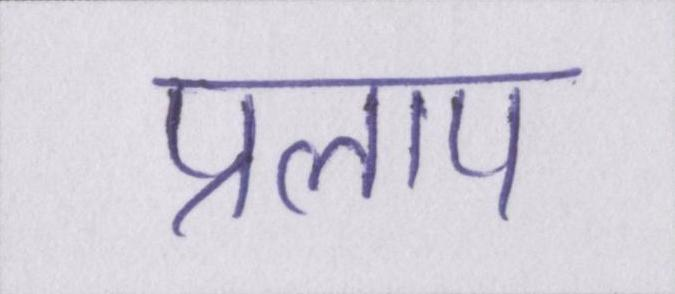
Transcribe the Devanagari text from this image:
प्रलाप